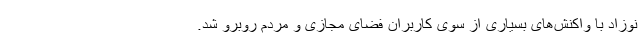
نوزاد با واکنش‌های بسیاری از سوی کاربران فضای مجازی و مردم روبرو شد.